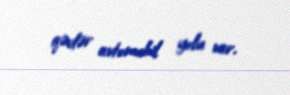
qədər avtomobil yolu var.